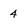
Character: 4